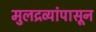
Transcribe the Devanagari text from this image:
मुलद्रव्यांपासून